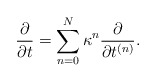
\begin{align*}{\partial \over \partial t}=\sum_{n=0}^N\kappa^n{\partial \over \partial t^{(n)}}.\end{align*}